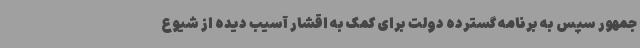
جمهور سپس به برنامه گسترده دولت برای کمک به اقشار آسیب دیده از شیوع